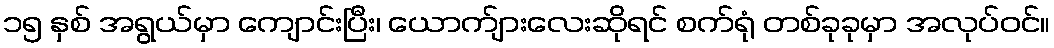
၁၅ နှစ် အရွယ်မှာ ကျောင်းပြီး၊ ယောက်ျားလေးဆိုရင် စက်ရုံ တစ်ခုခုမှာ အလုပ်ဝင်။